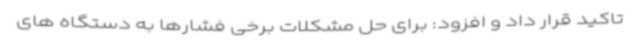
تاکید قرار داد و افزود: برای حل مشکلات برخی فشارها به دستگاه های